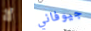
لا جيوفاني